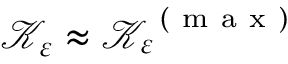
\mathcal { K } _ { \varepsilon } \approx \mathcal { K } _ { \varepsilon } ^ { \mathrm { ~ ( ~ m ~ a ~ x ~ ) ~ } }